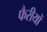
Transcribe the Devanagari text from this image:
फैरीयों